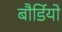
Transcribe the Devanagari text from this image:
बौर्डियो